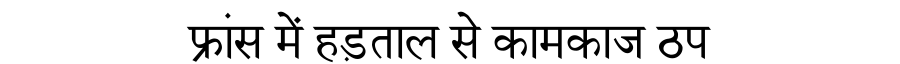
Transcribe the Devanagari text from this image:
फ्रांस में हड़ताल से कामकाज ठप